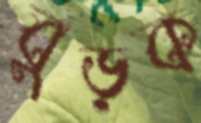
বুড়ক